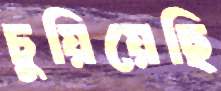
চুয়িয়েছি